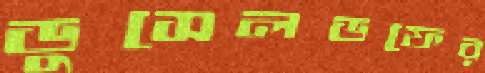
ডুসেলডফের